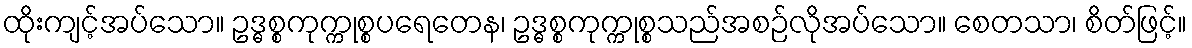
ထိုးကျင့်အပ်သော။ ဥဒ္ဓစ္စကုက္ကုစ္စပရေတေန၊ ဥဒ္ဓစ္စကုက္ကုစ္စသည်အစဉ်လိုအပ်သော။ စေတသာ၊ စိတ်ဖြင့်။